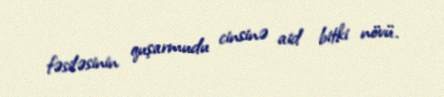
fəsiləsinin quşarmudu cinsinə aid bitki növü.